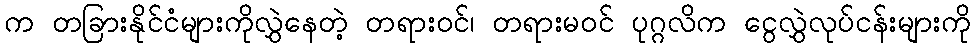
က တခြားနိုင်ငံများကိုလွှဲနေတဲ့ တရားဝင်၊ တရားမဝင် ပုဂ္ဂလိက ငွေလွှဲလုပ်ငန်းများကို